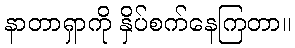
နာတာရှာကို နှိပ်စက်နေကြတာ။